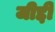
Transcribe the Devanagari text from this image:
जीद्दी